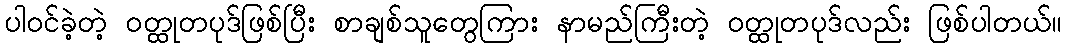
ပါဝင်ခဲ့တဲ့ ဝတ္ထုတပုဒ်ဖြစ်ပြီး စာချစ်သူတွေကြား နာမည်ကြီးတဲ့ ဝတ္ထုတပုဒ်လည်း ဖြစ်ပါတယ်။